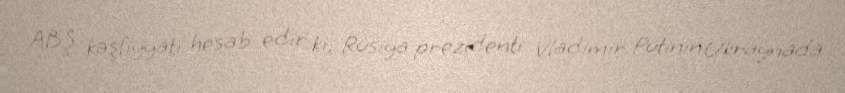
ABŞ kəşfiyyatı hesab edir ki, Rusiya prezidenti Vladimir Putinin Ukraynada